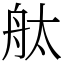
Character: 舦